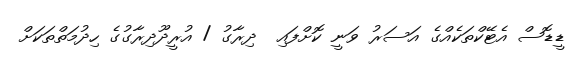
ޑީޑޮސް އެޓޭކްތަކެއްގެ އަސަރު ވަނީ ކޮށްފައި  ދިރާގު / އުރީދޫދިރާގުގެ ހިދުމަތްތަކަށް